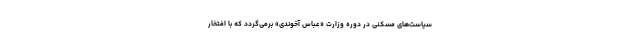
سیاست‌های مسکنی در دوره وزارت «عباس آخوندی» برمی‌گردد که با افتخار